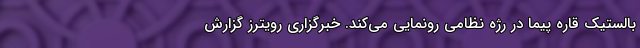
بالستیک قاره پیما در رژه نظامی رونمایی می‌کند. خبرگزاری رویترز گزارش